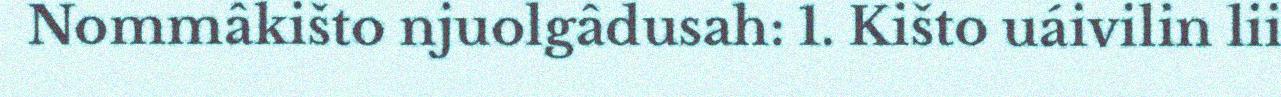
Nommâkišto njuolgâdusah: 1. Kišto uáivilin lii